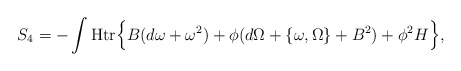
\begin{align*}S_4=-\int{\mbox{Htr}} \Bigl\{ B(d\omega+\omega^2) +\phi(d\Omega+\{\omega,\Omega\}+B^2) +\phi^2H \Bigr\}, \end{align*}